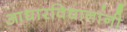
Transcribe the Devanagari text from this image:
आधारविधानांनी